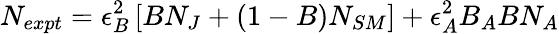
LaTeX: N_{expt}=\epsilon_{B}^{2}\left[BN_{J}+(1-B)N_{SM}\right]+\epsilon_{A}^{2}B_{A}BN_{A}